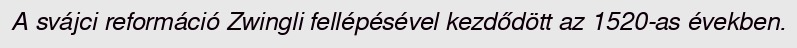
A svájci reformáció Zwingli fellépésével kezdődött az 1520-as években.